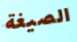
الصيغة